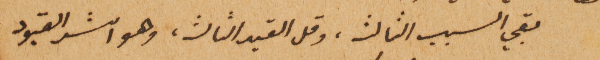
بقي السبب الثالث، وقل القيد الثالث، وهو اشد القيود